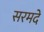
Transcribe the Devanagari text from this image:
सरमदे